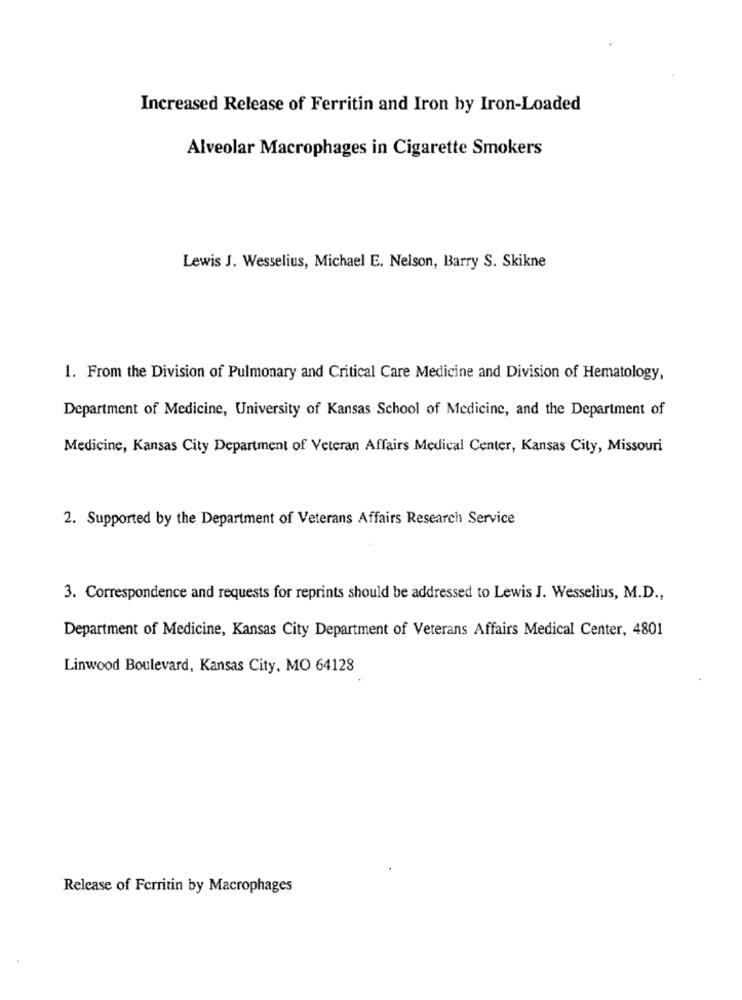
Increased Release of Ferritin and Iron by Iron-Loaded
Alveolar Macrophages in Cigarette Smokers
Lewis J. Wesselius, Michael E. Nelson, Barry S. Skikne
1. From the Division of Pulmonary and Critical Care Medicine and Division of Hematology,
Department of Medicine, University of Kansas School of Medicine, and the Department of
Medicine, Kansas City Department of Veteran Affairs Medical Center, Kansas City, Missouri
2. Supported by the Department of Veterans Affairs Research Service
3. Correspondence and requests for reprints should be addressed to Lewis J. Wesselius, M.D .,
Department of Medicine, Kansas City Department of Veterans Affairs Medical Center, 4801
Linwood Boulevard, Kansas City, MO 64128
Release of Ferritin by Macrophages